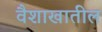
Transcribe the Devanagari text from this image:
वैशाखातील